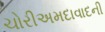
ચોરીઅમદાવાદની